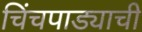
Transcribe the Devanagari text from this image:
चिंचपाड्याची